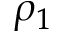
\rho _ { 1 }